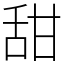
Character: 甜